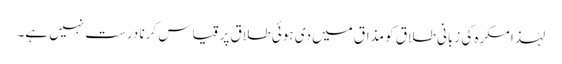
لہٰذا مکرہ کی زبانی طلاق کو مذاق میں دی ہوئی طلاق پر قیاس کرنا درست نہیں ہے۔